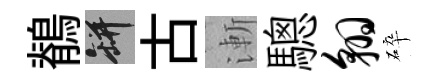
鶺瓶古漸驄翱碎